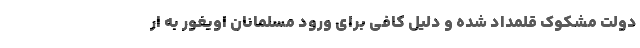
دولت مشکوک قلمداد شده و دلیل کافی برای ورود مسلمانان اویغور به ار